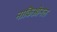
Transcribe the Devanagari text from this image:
नाकिओनल